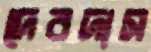
দেবদাস